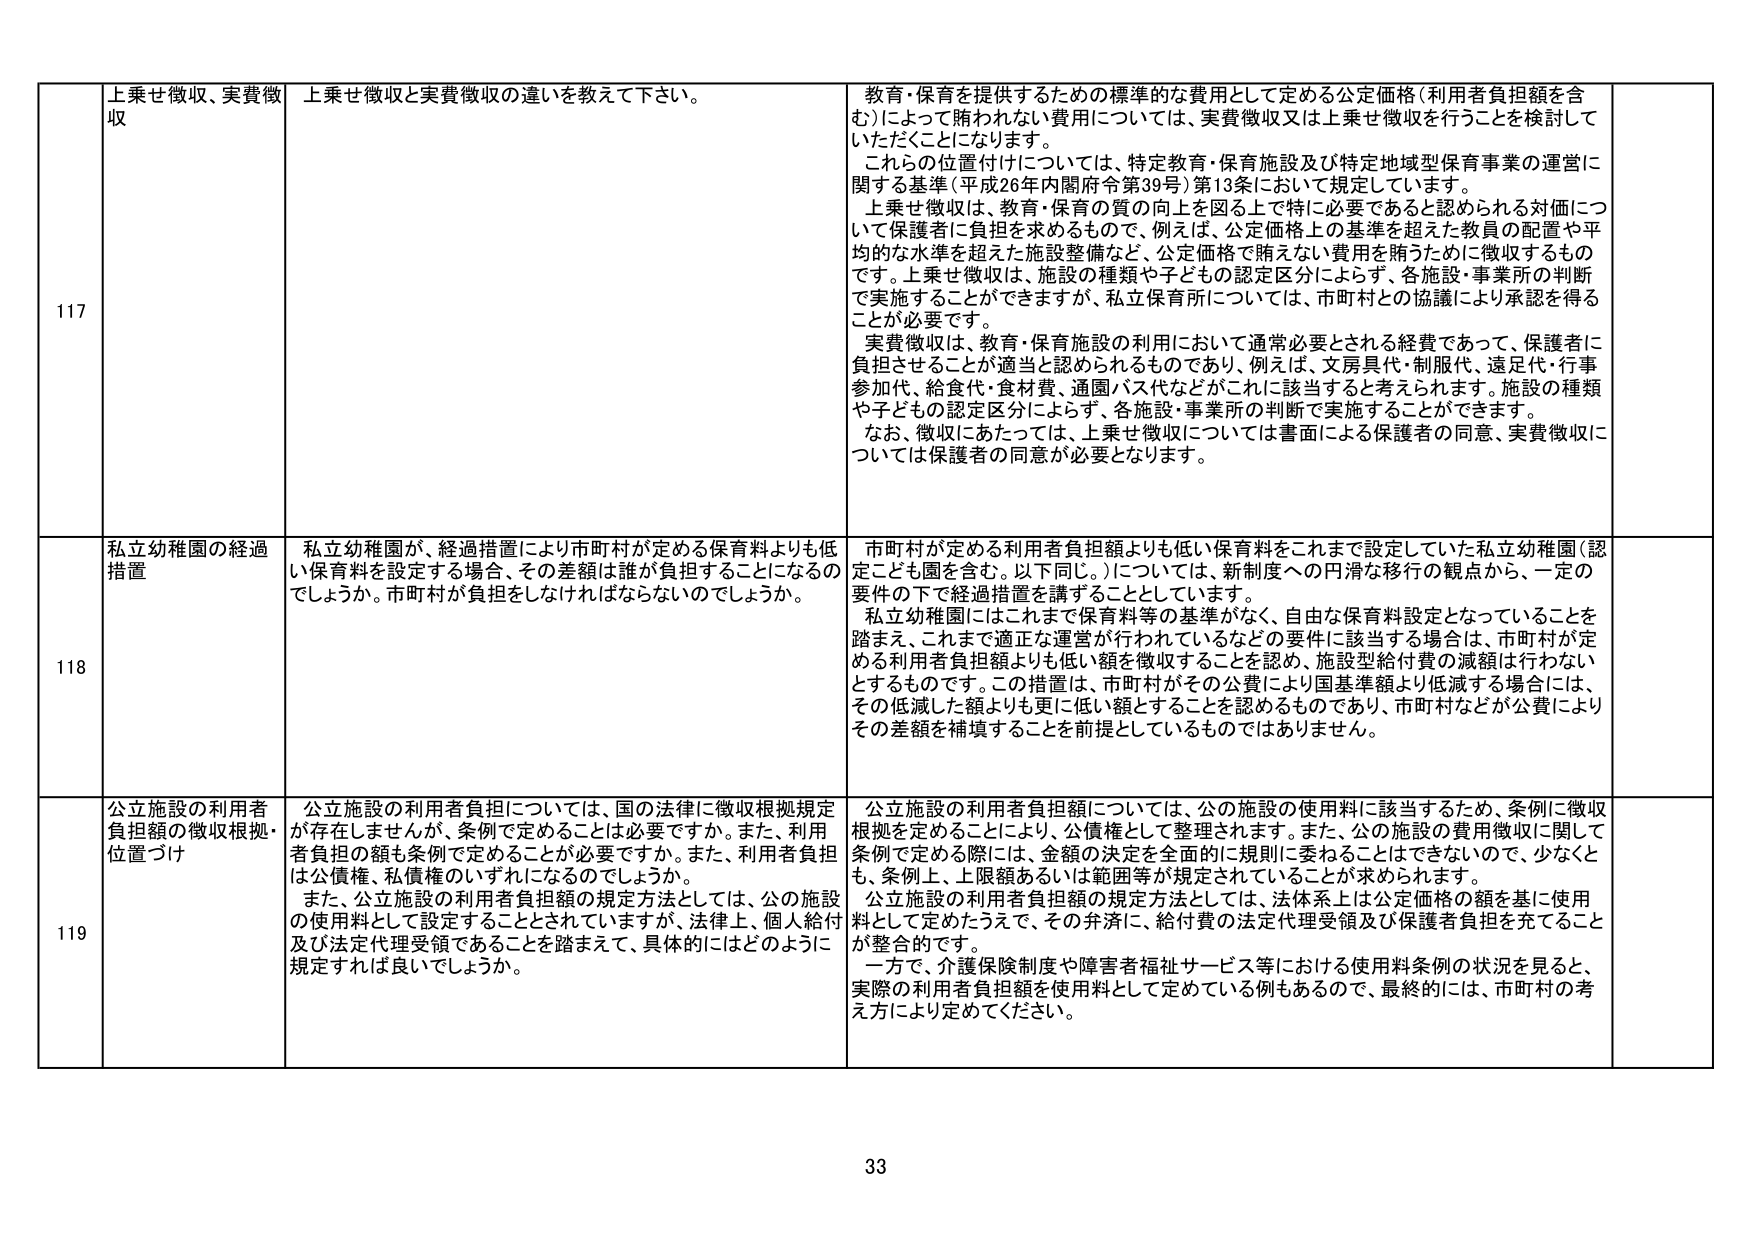
117 上乗せ徴収、実費徴収 上乗せ徴収と実費徴収の違いを教えて下さい。 教育・保育を提供するための標準的な費用として定める公定価格（利用者負担額を含む）によって賄われない費用については、実費徴収又は上乗せ徴収を行うことを検討していただくことになります。 これらの位置付けについては、特定教育・保育施設及び特定地域型保育事業の運営に関する基準（平成26年内閣府令第39号）第13条において規定しています。 上乗せ徴収は、教育・保育の質の向上を図る上で特に必要であると認められる対価について保護者に負担を求めるもので、例えば、公定価格上の基準を超えた教員の配置や平均的な水準を超えた施設整備など、公定価格で賄えない費用を賄うために徴収するものです。上乗せ徴収は、施設の種類や子ども の認定区分によらず、各施設・事業所の判断で実施することができますが、私立保育所については、市町村との協議により承認を得ることが必要です。 実費徴収は、教育・保育施設の利用において通常必要とされる経費であって、保護者に負担させることが適当と認められるものであり、例えば、文房具代・制服代、遠足代・行事参加代、給食代・食材費、通園バス代などがこれに該当すると考えられます。施設の種類や子どもの認定区分によらず、各施設・事業所の判断で実施することができます。 なお、徴収にあたっては、上乗せ徴収については書面による保護者の同意、実費徴収については保護者の同意が必要となります。

118 私立幼稚園の経過措置 私立幼稚園が、経過措置により市町村が定める保育料よりも低い保育料を設定する場合、その差額は誰が負担することになるのでしょうか。市町村が負担をしなければならないのでしょうか。 市町村が定める利用者負担額よりも低い保育料をこれまで設定していた私立幼稚園（認定こども園を含む。以下同じ。）については、新制度への円滑な移行の観点から、一定の要件の下で経過措置を講ずることとしています。 私立幼稚園にはこれまで保育料等の基準がなく、自由な保育料設定となっていることを踏まえ、これまで適正な運営が行われているなどの要件に該当する場合は、市町村が定める利用者負担額よりも低い額を徴収することを認め、施設型給付費の減額は行わないとするものです。この措置は、市町村がその公費により国基準額より低減する場合には、その低減した額よりも更に低い額とすることを認めるものであり、市町村などが公費によりその差額を補填することを前提としているものではありません。

119 公立施設の利用者負担額の徴収根拠・位置づけ 公立施設の利用者負担については、国の法律に徴収根拠規定が存在しませんが、条例で定めることが必要ですか。また、利用者負担の額も条例で定めることが必要ですか。また、利用者負担は公債権、私債権のいずれになるのでしょうか。 また、公立施設の利用者負担額の規定方法としては、公の施設の使用料として設定することとされていますが、法律上、個人給付及び法定代理受領であることを踏まえて、具体的にはどのように規定すれば良いでしょうか。 公立施設の利用者負担額については、公の施設の使用料に該当するため、条例に徴収根拠を定めることにより、公債権として整理されます。また、公の施設の費用徴収に関して条例で定める際には、金額の決定を全面的に規則に委ねることはできないので、少なくとも、条例上、上限額あるいは範囲等が規定されていることが求められます。 公立施設の利用者負担額の規定方法としては、法体系上は公定価格の額を基に使用料として定めたうえで、その弁済に、給付費の法定代理受領及び保護者負担を充てることが整合的です。 一方で、介護保険制度や障害者福祉サービス等における使用料条例の状況を見ると、実際の利用者負担額を使用料として定めている例もあるので、最終的には、市町村の考え方により定めてください。

33